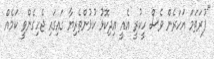
"ފުރަތަމަ އަހަރެން ވެސް ހީކުރީ އެއީ އިދިކޮޅު ކުޅުންތެރިޔާ ގައިގައި ޖެހިގެންވީ ކަމެއް